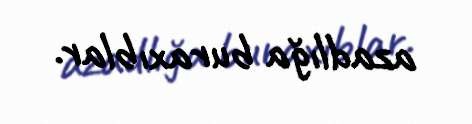
azadlığa buraxıblar.